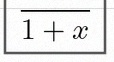
\frac{1}{1+x}